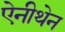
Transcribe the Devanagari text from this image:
ऐनीथेन